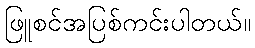
ဖြူစင်အပြစ်ကင်းပါတယ်။